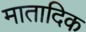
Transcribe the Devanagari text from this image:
मातादिक